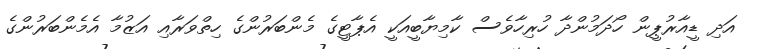
އަދި ޑީއާރުޕީން ހޯދަމުންދާ ހުރިހާވެސް ކާމިޔާބީއަކީ އެޕާޓީގެ މެންބަރުންގެ ހިތްވަރާއި އަޒުމާ އެމެންބަރުންގެ